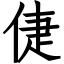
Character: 倢